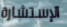
الإستشارة